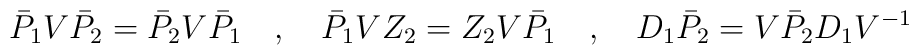
\bar{P}_1V\bar{P}_2=\bar{P}_2V\bar{P}_1 \quad, \quad\bar{P}_1VZ_2=Z_2V\bar{P}_1 \quad, \quad D_1\bar{P}_2=V\bar{P}_2D_1V^{-1}